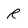
Character: R